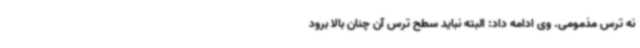
نه ترس مذمومی. وی ادامه داد: البته نباید سطح ترس آن چنان بالا برود